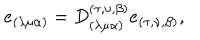
e _ { ( \lambda \mu \alpha ) } = D _ { ( \lambda \mu \alpha ) } ^ { ( \tau , \nu , \beta ) } e _ { ( \tau , \nu , \beta ) } ,